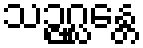
သဉ္ဇဂ္ဃန္တေ